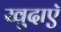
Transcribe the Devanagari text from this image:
खुदाएॅ